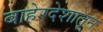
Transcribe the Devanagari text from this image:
बाहेरदेशातून